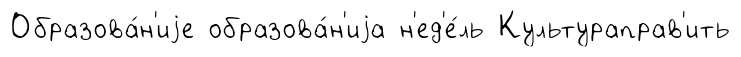
Образова́н'иjе образова́н'иjа н'ед'е́ль Культураправ'ить